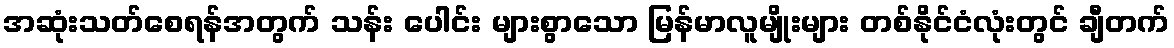
အဆုံးသတ်စေရန်အတွက် သန်း ပေါင်း များစွာသော မြန်မာလူမျိုးများ တစ်နိုင်ငံလုံးတွင် ချီတက်